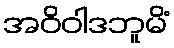
အဝိဝါဒဘူမိံ